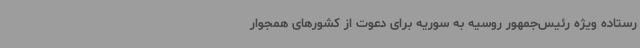
رستاده ویژه رئیس‌جمهور روسیه به سوریه برای دعوت از کشورهای همجوار